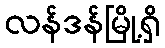
လန်ဒန်မြို့ရှိ